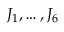
J _ { 1 } , \ldots , J _ { 6 }